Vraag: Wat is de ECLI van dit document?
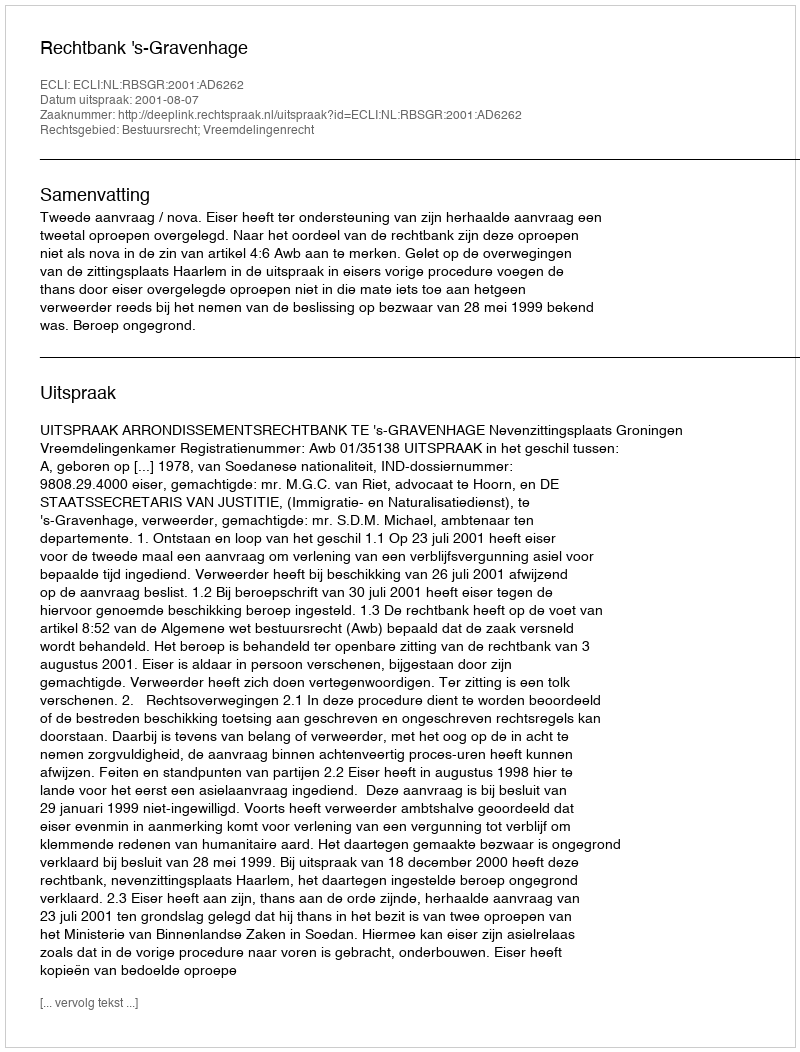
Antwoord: ECLI:NL:RBSGR:2001:AD6262